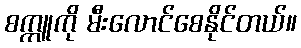
စက္ကူကို မီးလောင်စေနိုင်တယ်။